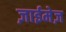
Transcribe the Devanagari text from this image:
ज़ाईमेज़